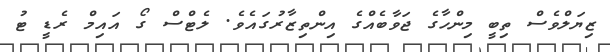
ޒިޔަލްވެސް ތިބީ މިންހާގެ ޖަވާބެއްގެ އިންތިޒާރުގައެވެ. ލެޓްސް ގޯ އައިމް ރެޑީ ޓު